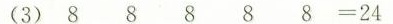
(3)8 8 8 8 8=24